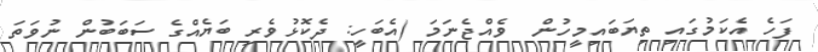
ފަހެ އެކަމުގައި ތިޔަބައިމީހުން  ވެއްޖެނަމަ (އެބަހީ: ދެކޮޅުވެރި ބަޔެއްގެ ސަބަބުން ނުވަތަ